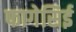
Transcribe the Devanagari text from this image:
फागेसिई